Plague in India, 1896, 1897 - Volume 3
Year: 1896
Disease focus: Plague
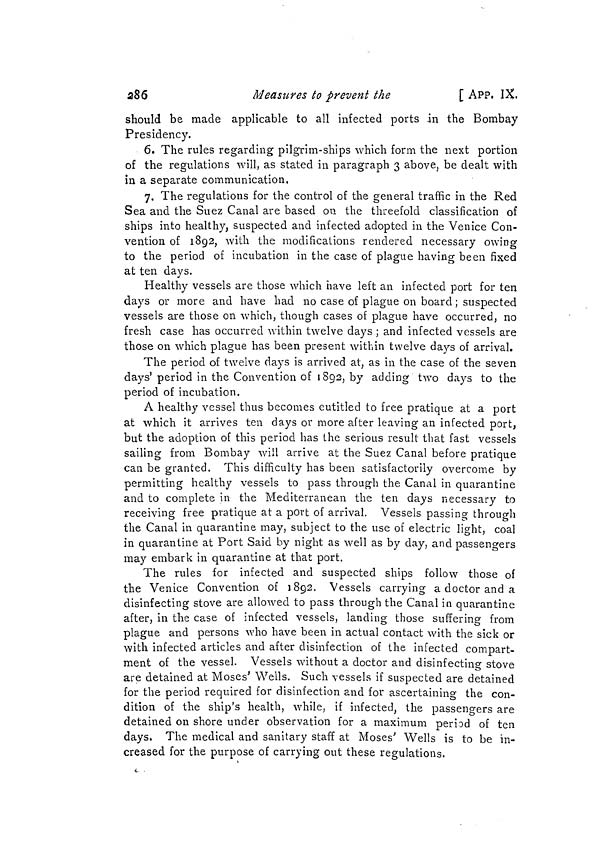
286
Measures to prevent the
[ APP. IX.
should be made applicable to all infected ports in the Bombay
Presidency.
6. The rules regarding pilgrim-ships which form the next portion
of the regulations will, as stated in paragraph 3 above, be dealt with
in a separate communication.
7. The regulations for the control of the general traffic in the Red
Sea and the Suez Canal are based on the threefold classification of
ships into healthy, suspected and infected adopted in the Venice Con-
vention of 1892, with the modifications rendered necessary owing
to the period of incubation in the case of plague having been fixed
at ten days.
Healthy vessels are those which have left an infected port for ten
days or more and have had no case of plague on board ; suspected
vessels are those on which, though cases of plague have occurred, no
fresh case has occurred within twelve days ; and infected vessels are
those on which plague has been present within twelve days of arrival.
The period of twelve days is arrived at, as in the case of the seven
days' period in the Convention of 1892, by adding two days to the
period of incubation.
A healthy vessel thus becomes entitled to free pratique at a port
at which it arrives ten days or more after leaving an infected port,
but the adoption of this period has the serious result that fast vessels
sailing from Bombay will arrive at the Suez Canal before pratique
can be granted. This difficulty has been satisfactorily overcome by
permitting healthy vessels to pass through the Canal in quarantine
and to complete in the Mediterranean the ten days necessary to
receiving free pratique at a port of arrival. Vessels passing through
the Canal in quarantine may, subject to the use of electric light, coal
in quarantine at Port Said by night as well as by day, and passengers
may embark in quarantine at that port.
The rules for infected and suspected ships follow those of
the Venice Convention of 1892. Vessels carrying a doctor and a
disinfecting stove are allowed to pass through the Canal in quarantine
after, in the case of infected vessels, landing those suffering from
plague and persons who have been in actual contact with the sick or
with infected articles and after disinfection of the infected compart-
ment of the vessel. Vessels without a doctor and disinfecting stove
O
are detained at Moses 5 Wells. Such vessels if suspected are detained
for the period required for disinfection and for ascertaining the con-
dition of the ship's health, while, if infected, the passengers are
detained on shore under observation for a maximum period of ten
days. The medical and sanitary staff at Moses' Wells is to be in-
creased for the purpose of carrying out these regulations.